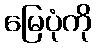
မြေပုံကို